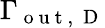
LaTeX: \Gamma_{\mathrm{~o~u~t~,~}\mathrm{~D~}}